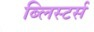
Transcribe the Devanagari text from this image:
ब्लिस्टर्स